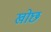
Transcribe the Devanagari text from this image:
खोछ